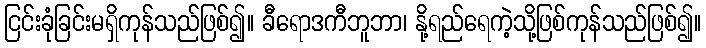
ငြင်းခုံခြင်းမရှိကုန်သည်ဖြစ်၍။ ခီရောဒကီဘူဘာ၊ နို့ရည်ရေကဲ့သို့ဖြစ်ကုန်သည်ဖြစ်၍။